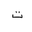
Letter: _ta